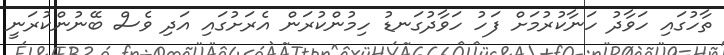
ތާހުގައި ހަވާދު ހަނާކުރުމަށް ފަހު ހަވާދުގަނޑު ހިމުންކުރަން އެރަށުގައި އަދި ވެސް ބޭނުންކުރަނީ